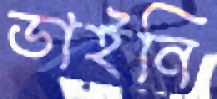
ডাইনি